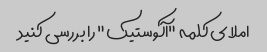
املای کلمه "آکوستیک" را بررسی کنید